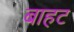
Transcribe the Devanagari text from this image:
बाहट